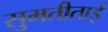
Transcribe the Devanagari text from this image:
सुमतीताई